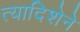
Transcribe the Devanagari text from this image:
त्यादिशेने